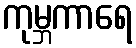
ကုမ္ဘကာရေ